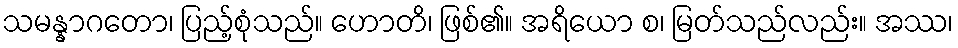
သမန္နာဂတော၊ ပြည့်စုံသည်။ ဟောတိ၊ ဖြစ်၏။ အရိယော စ၊ မြတ်သည်လည်း။ အဿ၊